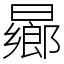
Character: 曏